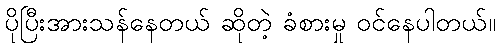
ပိုပြီးအားသန်နေတယ် ဆိုတဲ့ ခံစားမှု ဝင်နေပါတယ်။